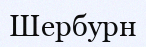
Шербурн